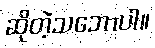
ဆိုတဲ့သဘောပါ။